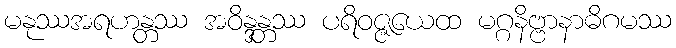
မနုဿအရဟန္တဿ အဝိန္ဒန္တဿ ပရိဝဇ္ဇယေထ မဂ္ဂနိဗ္ဗာနာဓိဂမဿ